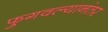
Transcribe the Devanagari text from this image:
फुगवल्यानंतर